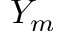
Y _ { m }